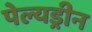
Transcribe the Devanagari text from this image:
पेल्यड्रीन